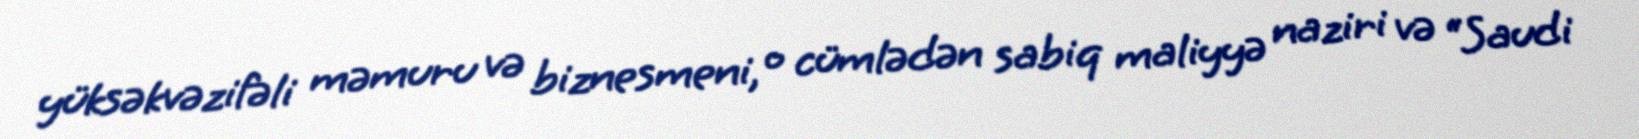
yüksəkvəzifəli məmuru və biznesmeni, o cümlədən sabiq maliyyə naziri və “Saudi